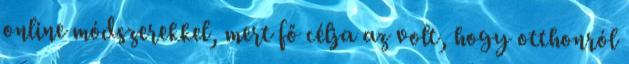
online módszerekkel, mert fő célja az volt, hogy otthonról